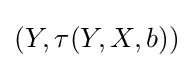
(Y,\tau (Y,X,b))